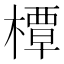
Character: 橝